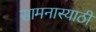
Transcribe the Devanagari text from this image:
सामनास्याठी